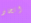
اتخاذ